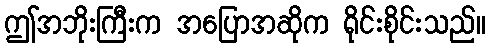
ဤအဘိုးကြီးက အပြောအဆိုက ရိုင်းစိုင်းသည်။